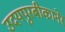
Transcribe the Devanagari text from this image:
उदयपुरबीकानेर